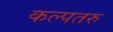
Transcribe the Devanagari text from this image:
कल्‍पतरु